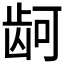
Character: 𮯙